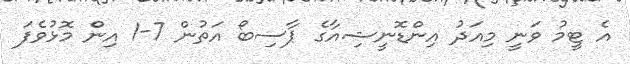
އެ ޓީމު ވަނީ މިއަދު އިންޑޮނީޝިއާގެ ޕާސިބޯ އަތުން 7-1 އިން މޮޅުވެފަ